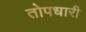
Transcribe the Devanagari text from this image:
तोपधारी